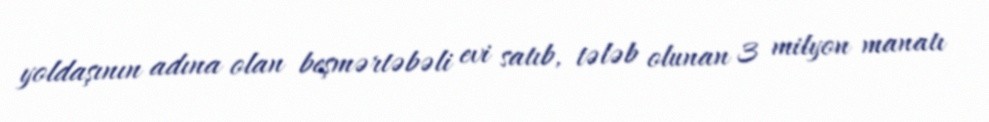
yoldaşının adına olan beşmərtəbəli evi satıb, tələb olunan 3 milyon manatı